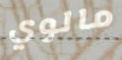
مالوي